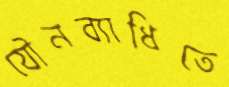
যৌনব্যাধিতে